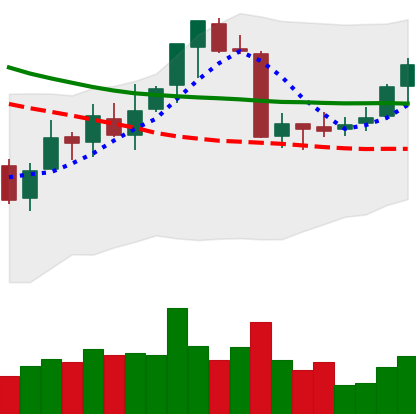
Ticker: ETC-USD
Chart end date: 2018-07-17
Forward return: -10.161%
Label: down_7plus